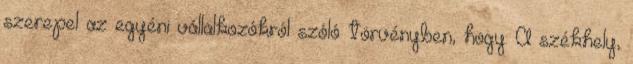
szerepel az egyéni vállalkozókról szóló törvényben, hogy: A székhely,